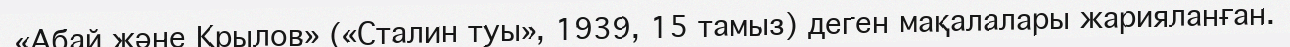
«Абай және Крылов» («Сталин туы», 1939, 15 тамыз) деген мақалалары жарияланған.